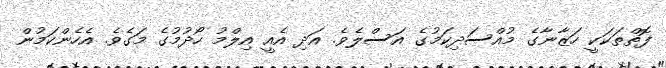
ފޮތްތަކަކީ ހަޒާނާގެ މުއްސަދިކަމުގެ އަސްލެވެ. އަދި އެއީ އިލްމު ހޯދުމުގެ މަގެވެ. އެހެންކަމުން